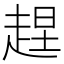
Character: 𧻼